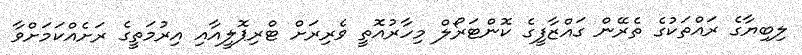
ލިބިޔާގެ ރައްތަކުގެ ތެރޭން ގައްޒާފީގެ ކޮންޓަރޯލް މިހާރުއޮތީ ވެރިރަށް ޓްރިޕޮލީއާއި އިރުމަތީގެ ރަށެއްކަމަށްވާ